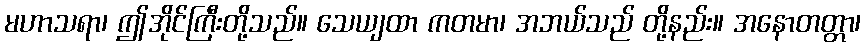
မဟာသရာ၊ ဤအိုင်ကြီးတို့သည်။ သေယျထာ ကတမာ၊ အဘယ်သည် တို့နည်း။ အနောတတ္တာ၊